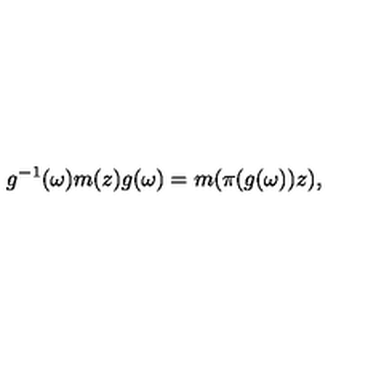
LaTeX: g ^ { - 1 } ( \omega ) m ( z ) g ( \omega ) = m ( \pi ( g ( \omega ) ) z ) ,